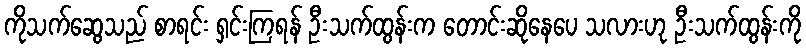
ကိုသက်ဆွေသည် စာရင်း ရှင်းကြရန် ဦးသက်ထွန်းက တောင်းဆိုနေပေ သလားဟု ဦးသက်ထွန်းကို